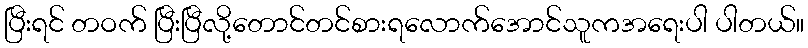
ပြီးရင် တဝက် ပြီးပြီလို့တောင်တင်စားရလောက်အောင်သူကအရေးပါ ပါတယ်။